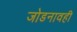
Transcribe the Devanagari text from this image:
जोडनावही